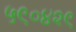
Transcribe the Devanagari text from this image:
५९०४२९